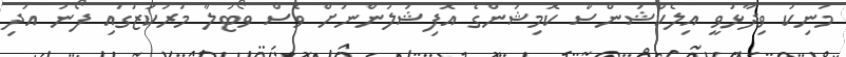
މަނިކު ވިދާޅުވީ އިލެކްޝަންސް ކޮމިޝަންގެ އޮފިޝަލުންނަށް ވެސް ވޯޓުލާ މަރުކަޒުގައި ފޯނު އަދި